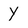
Character: Y